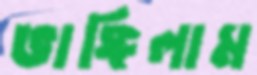
ভাঙ্গিলাম